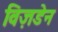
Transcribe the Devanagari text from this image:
विज़डेन